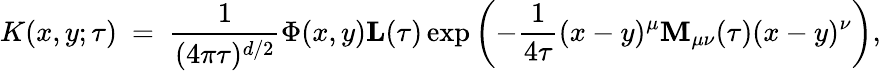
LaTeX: K(x,y;\tau)\ =\ \frac{1}{(4\pi\tau)^{d/2}}\Phi(x,y){\mathbf L}(\tau)\exp\left(-\frac{1}{4\tau}(x-y)^{\mu}{\mathbf M}_{\mu\nu}(\tau)(x-y)^{\nu}\right),